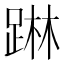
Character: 𨂕